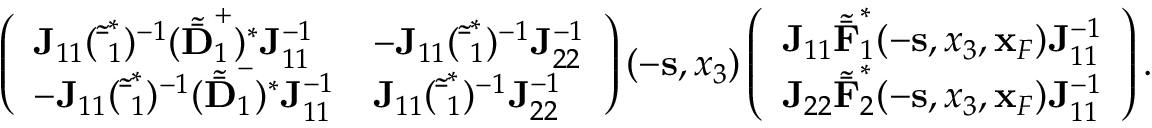
\begin{array} { r l r } & { } & { \left( \begin{array} { l l } { { \bf J } _ { 1 1 } ( { \tilde { \bar { \bf \Delta } } } _ { 1 } ^ { * } ) ^ { - 1 } ( { \tilde { \bar { \bf D } } } _ { 1 } ^ { + } ) ^ { * } { \bf J } _ { 1 1 } ^ { - 1 } } & { - { \bf J } _ { 1 1 } ( { \tilde { \bar { \bf \Delta } } } _ { 1 } ^ { * } ) ^ { - 1 } { \bf J } _ { 2 2 } ^ { - 1 } } \\ { - { \bf J } _ { 1 1 } ( { \tilde { \bar { \bf \Delta } } } _ { 1 } ^ { * } ) ^ { - 1 } ( { \tilde { \bar { \bf D } } } _ { 1 } ^ { - } ) ^ { * } { \bf J } _ { 1 1 } ^ { - 1 } } & { { \bf J } _ { 1 1 } ( { \tilde { \bar { \bf \Delta } } } _ { 1 } ^ { * } ) ^ { - 1 } { \bf J } _ { 2 2 } ^ { - 1 } } \end{array} \right) ( - { \bf s } , x _ { 3 } ) \left( \begin{array} { l } { { \bf J } _ { 1 1 } { \tilde { \bar { \bf F } } } _ { 1 } ^ { * } ( - { \bf s } , x _ { 3 } , { \bf x } _ { F } ) { \bf J } _ { 1 1 } ^ { - 1 } } \\ { { \bf J } _ { 2 2 } { \tilde { \bar { \bf F } } } _ { 2 } ^ { * } ( - { \bf s } , x _ { 3 } , { \bf x } _ { F } ) { \bf J } _ { 1 1 } ^ { - 1 } } \end{array} \right) . } \end{array}